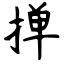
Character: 掸